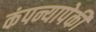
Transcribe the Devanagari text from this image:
कंपन्यापेकी